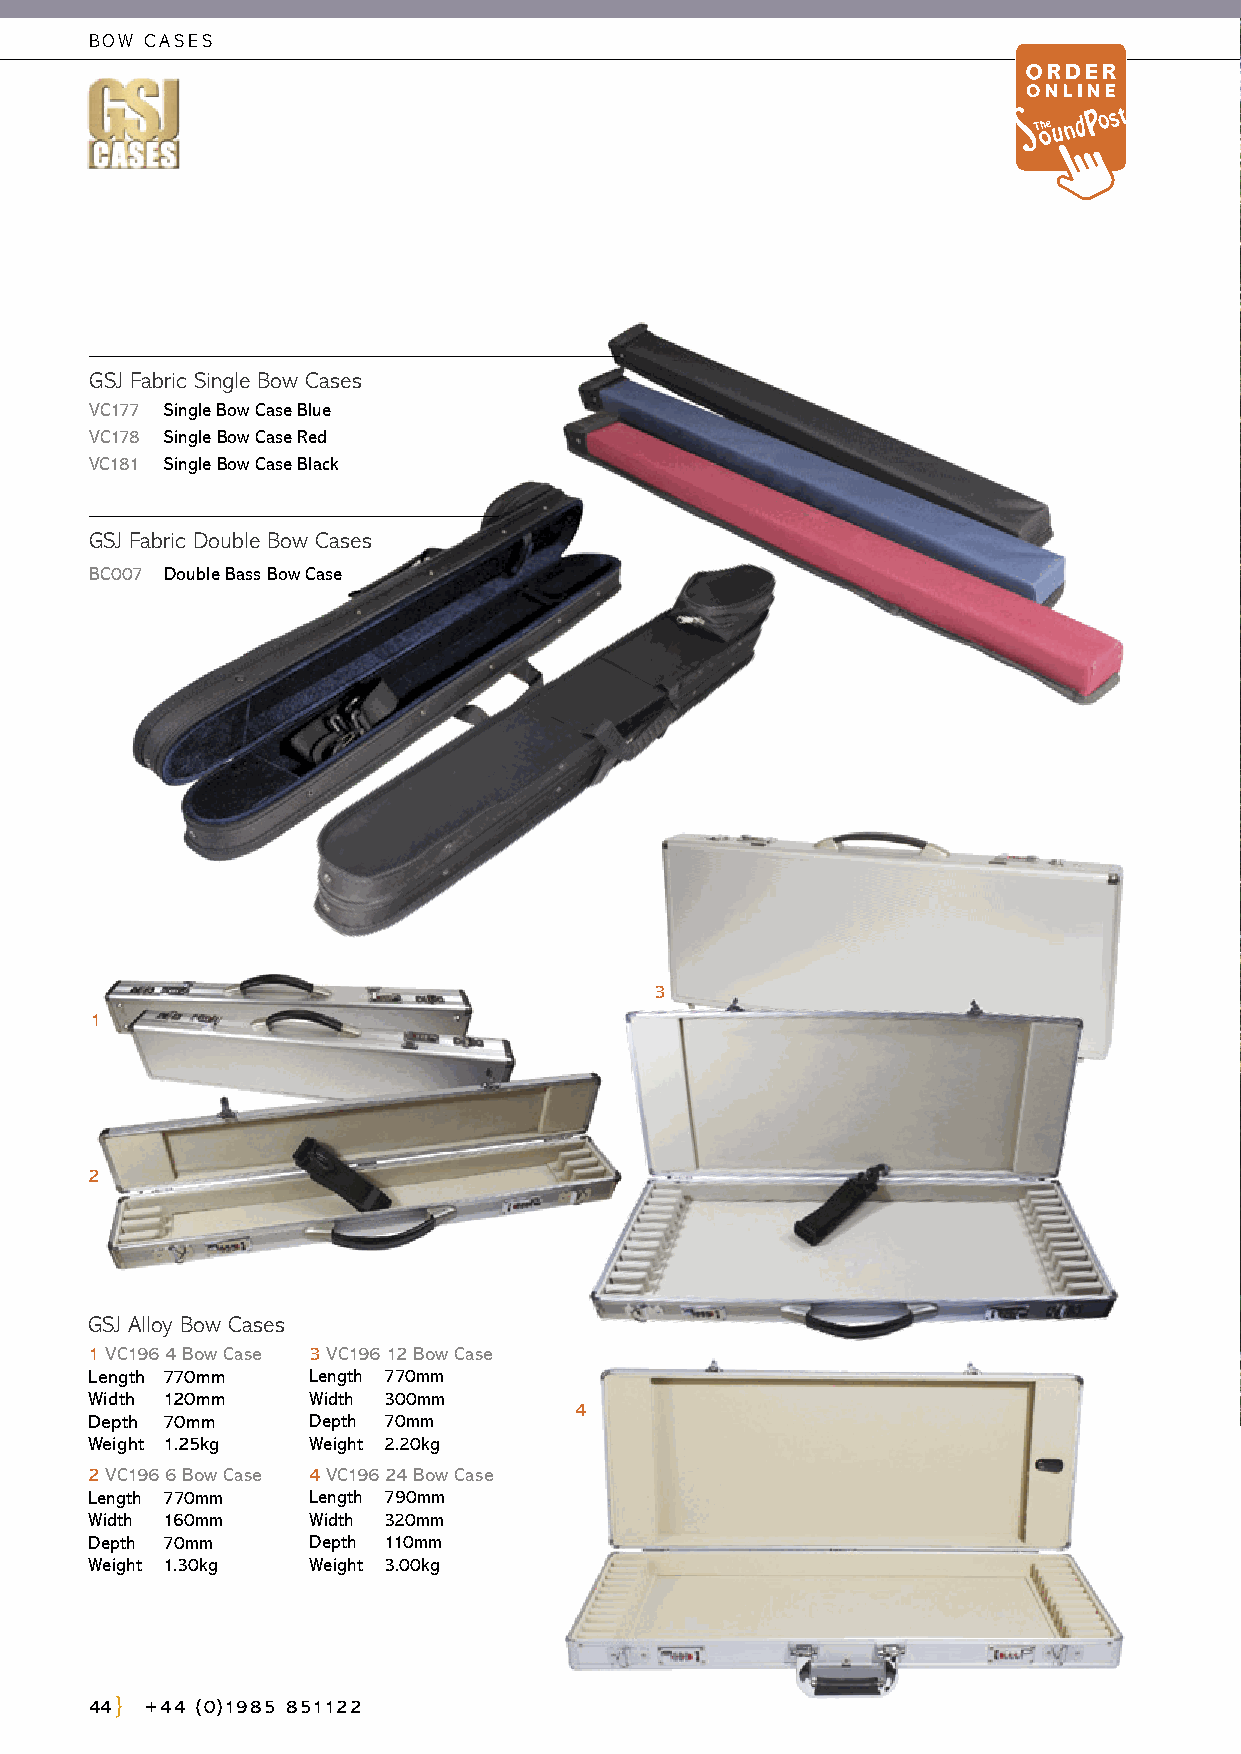
BOW CASES
 GSJ Fabric Single Bow Cases
 VC177 Single Bow Case Blue
 VC178 Single Bow Case Red
 VC181 Single Bow Case Black
 GSJ Fabric Double Bow Cases
 BC007 Double Bass Bow Case
 3
 1
 2
 GSJ Alloy Bow Cases
 1 VC196 4 Bow Case 3 VC196 12 Bow Case
 Length 770mm  Length 770mm
 Width 120mm   Width 300mm
 4
 Depth 70mm    Depth 70mm
 Weight 1.25kg Weight 2.20kg
 2 VC196 6 Bow Case 4 VC196 24 Bow Case
 Length 770mm  Length 790mm
 Width 160mm   Width 320mm
 Depth 70mm    Depth 110mm
 Weight 1.30kg Weight 3.00kg
 44  +44 (0)1985 851122